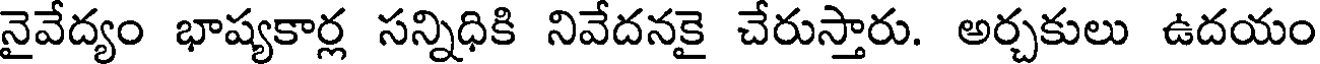
నైవేద్యం భాష్యకార్ల సన్నిధికి నివేదనకై చేరుస్తారు. అర్చకులు ఉదయం